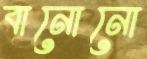
বানোনো